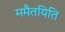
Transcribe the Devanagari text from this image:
ममैतयिति